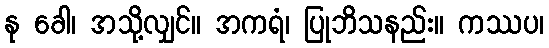
နု ခေါ၊ အသို့လျှင်။ အကရံ၊ ပြုဘိသနည်း။ ကဿပ၊